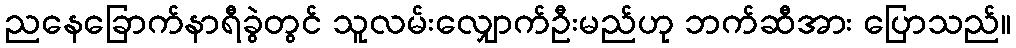
ညနေခြောက်နာရီခွဲတွင် သူလမ်းလျှောက်ဦးမည်ဟု ဘက်ဆီအား ပြောသည်။